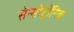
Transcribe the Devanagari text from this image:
सेन्सोट्रॉनिक